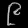
Digit: ၉